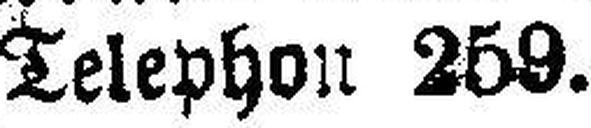
Telephon 259.